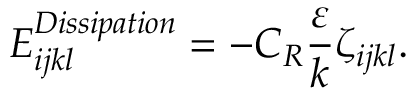
E _ { i j k l } ^ { D i s s i p a t i o n } = - C _ { R } \frac { \varepsilon } { k } \zeta _ { i j k l } .